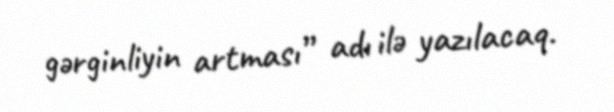
gərginliyin artması” adı ilə yazılacaq.